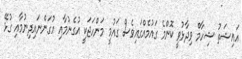
އައިޝަތު ޝިހާމް ވިދާޅުވީ ކޮންމެ ގައުމެއްގައިވެސް ގައުމީ މަންހަޖަކީ އުގެނުމާއި އުގަންނައިދިނުމާއި ގުޅޭ